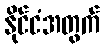
နိုင်ငံအတွက်